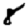
Digit: 8